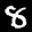
Label: 8